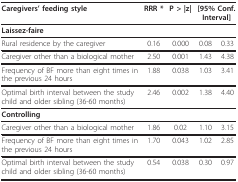
<table><thead><tr><td><b>Caregivers&#x27; feeding style</b></td><td><b>RRR *</b></td><td><b>P &gt; |z|</b></td><td colspan="2"><b>[95% Conf. Interval]</b></td></tr></thead><tbody><tr><td><b>Laissez-faire</b></td><td></td><td></td><td></td><td></td></tr><tr><td>Rural residence by the caregiver</td><td>0.16</td><td>0.000</td><td>0.08</td><td>0.33</td></tr><tr><td>Caregiver other than a biological mother</td><td>2.50</td><td>0.001</td><td>1.43</td><td>4.38</td></tr><tr><td>Frequency of BF more than eight times inthe previous 24 hours</td><td>1.88</td><td>0.038</td><td>1.03</td><td>3.41</td></tr><tr><td>Optimal birth interval between the studychild and older sibling (36-60 months)</td><td>2.46</td><td>0.002</td><td>1.38</td><td>4.40</td></tr><tr><td><b>Controlling</b></td><td></td><td></td><td></td><td></td></tr><tr><td>Caregiver other than a biological mother</td><td>1.86</td><td>0.02</td><td>1.10</td><td>3.15</td></tr><tr><td>Frequency of BF more than eight times inthe previous 24 hours</td><td>1.70</td><td>0.043</td><td>1.02</td><td>2.85</td></tr><tr><td>Optimal birth interval between the studychild and older sibling (36-60 months)</td><td>0.54</td><td>0.038</td><td>0.30</td><td>0.97</td></tr></tbody></table>